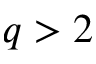
q > 2